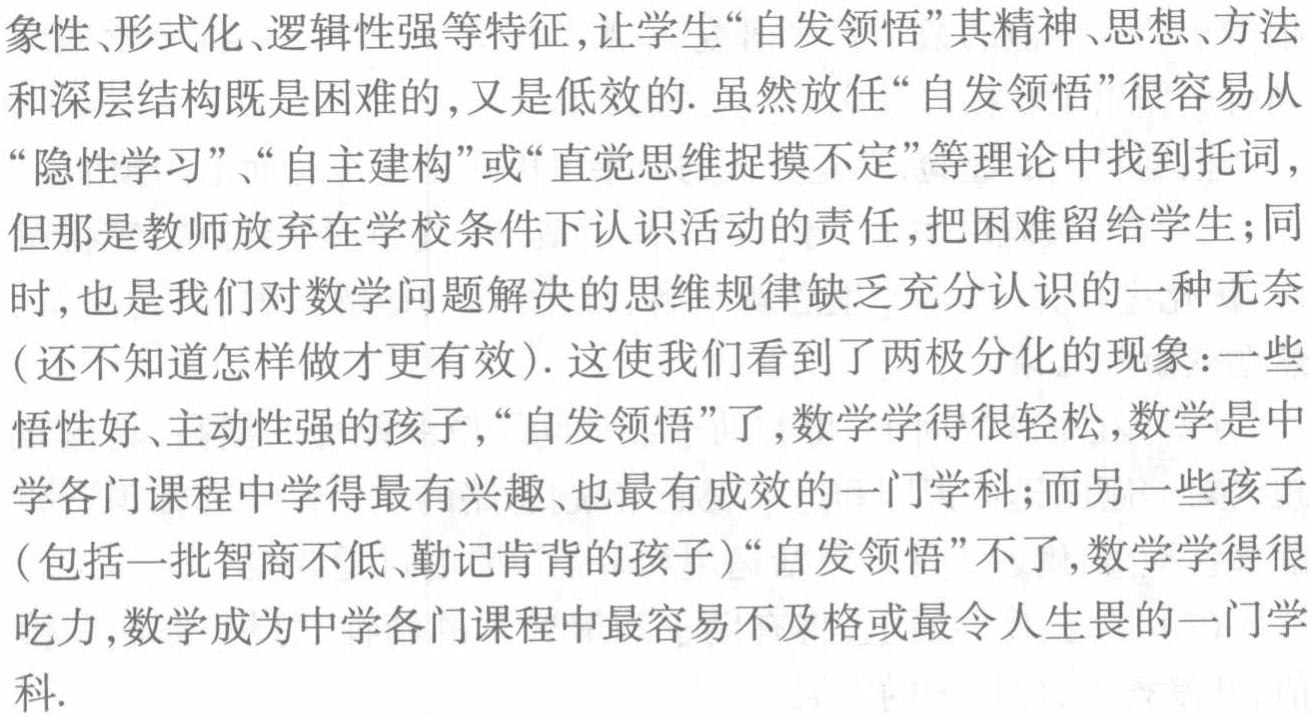
象性、形式化、逻辑性强等特征，让学生“自发领悟”其精神、思想、方法和深层结构既是困难的，又是低效的. 虽然放任“自发领悟”很容易从“隐性学习”、“自主建构”或“直觉思维捉摸不定”等理论中找到托词，但那是教师放弃在学校条件下认识活动的责任，把困难留给学生；同时，也是我们对数学问题解决的思维规律缺乏充分认识的一种无奈(还不知道怎样做才更有效). 这使我们看到了两极分化的现象：一些悟性好、主动性强的孩子，“自发领悟”了，数学学得很轻松，数学是中学各门课程中学得最有兴趣、也最有成效的一门学科；而另一些孩子(包括一批智商不低、勤记肯背的孩子)“自发领悟”不了，数学学得很吃力，数学成为中学各门课程中最容易不及格或最令人生畏的一门学科.